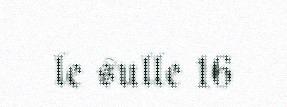
le sulle 16